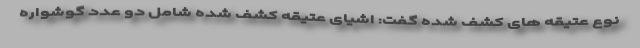
نوع عتیقه های کشف شده گفت: اشیای عتیقه کشف شده شامل دو عدد گوشواره